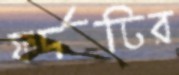
ফর্দটির